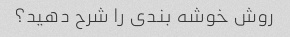
روش خوشه بندی را شرح دهید؟